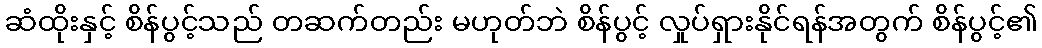
ဆံထိုးနှင့် စိန်ပွင့်သည် တဆက်တည်း မဟုတ်ဘဲ စိန်ပွင့် လှုပ်ရှားနိုင်ရန်အတွက် စိန်ပွင့်၏